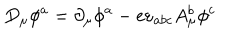
D _ { \mu } \phi ^ { a } = \partial _ { \mu } \phi ^ { a } - e \varepsilon _ { a b c } A _ { \mu } ^ { b } \phi ^ { c }